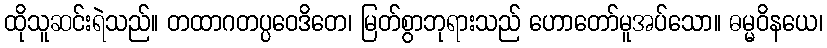
ထိုသူဆင်းရဲသည်။ တထာဂတပ္ပဝေဒိတေ၊ မြတ်စွာဘုရားသည် ဟောတော်မူအပ်သော။ ဓမ္မဝိနယေ၊